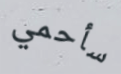
سأحمي